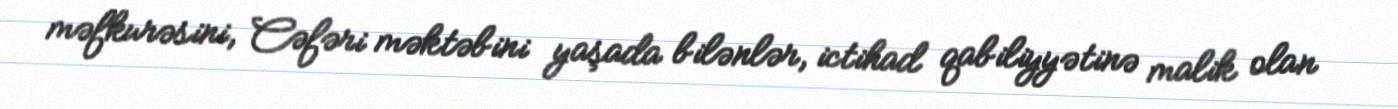
məfkurəsini, Cəfəri məktəbini yaşada bilənlər, ictihad qabiliyyətinə malik olan